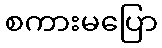
စကားမပြော